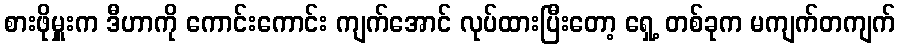
စားဖိုမှူးက ဒီဟာကို ကောင်းကောင်း ကျက်အောင် လုပ်ထားပြီးတော့ ရှေ့ တစ်ခုက မကျက်တကျက်